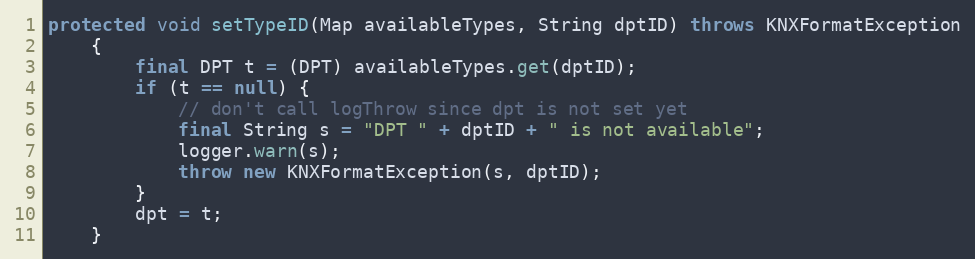
Language: Java
protected void setTypeID(Map availableTypes, String dptID) throws KNXFormatException
	{
		final DPT t = (DPT) availableTypes.get(dptID);
		if (t == null) {
			// don't call logThrow since dpt is not set yet
			final String s = "DPT " + dptID + " is not available";
			logger.warn(s);
			throw new KNXFormatException(s, dptID);
		}
		dpt = t;
	}